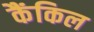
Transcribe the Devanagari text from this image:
कैंकिल